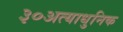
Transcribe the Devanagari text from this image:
३०अत्याधुनिक